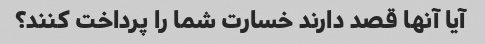
آیا آنها قصد دارند خسارت شما را پرداخت کنند؟